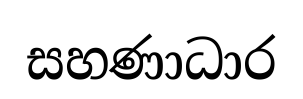
සහණාධාර